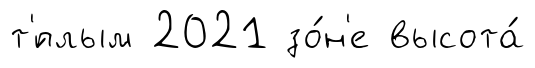
т'́плым 2021 зо́н'е высота́